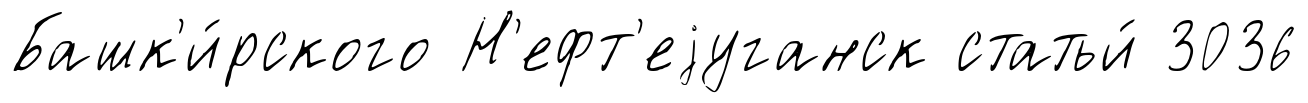
Башк'и́рского Н'ефт'еjуганск статьи́ 3036